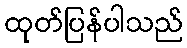
ထုတ်ပြန်ပါသည်